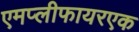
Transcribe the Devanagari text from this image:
एमप्लीफायरएक